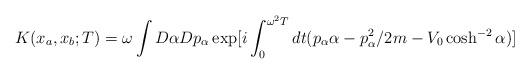
LaTeX: \begin{align*}K(x_a ,x_b;T)=\omega\int D\alpha Dp_\alpha\exp[i\int_0^{\omega^2 T}dt(p_\alpha\alpha-p_\alpha^2/2m-V_0\cosh^{-2}\alpha)]\end{align*}